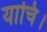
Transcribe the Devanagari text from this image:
याचि।